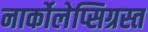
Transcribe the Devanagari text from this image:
नार्कोलेप्सिग्रस्त